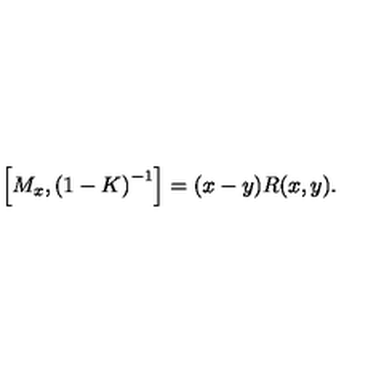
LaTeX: \left[ M _ { x } , \left( 1 - K \right) ^ { - 1 } \right] = ( x - y ) R ( x , y ) .